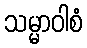
သမ္မာဝါစံ